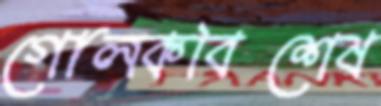
গোলকবিশেষ